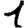
Digit: 1